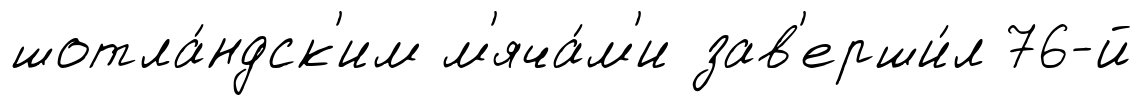
шотла́ндск'им м'яча́м'и зав'ерши́л 76-й